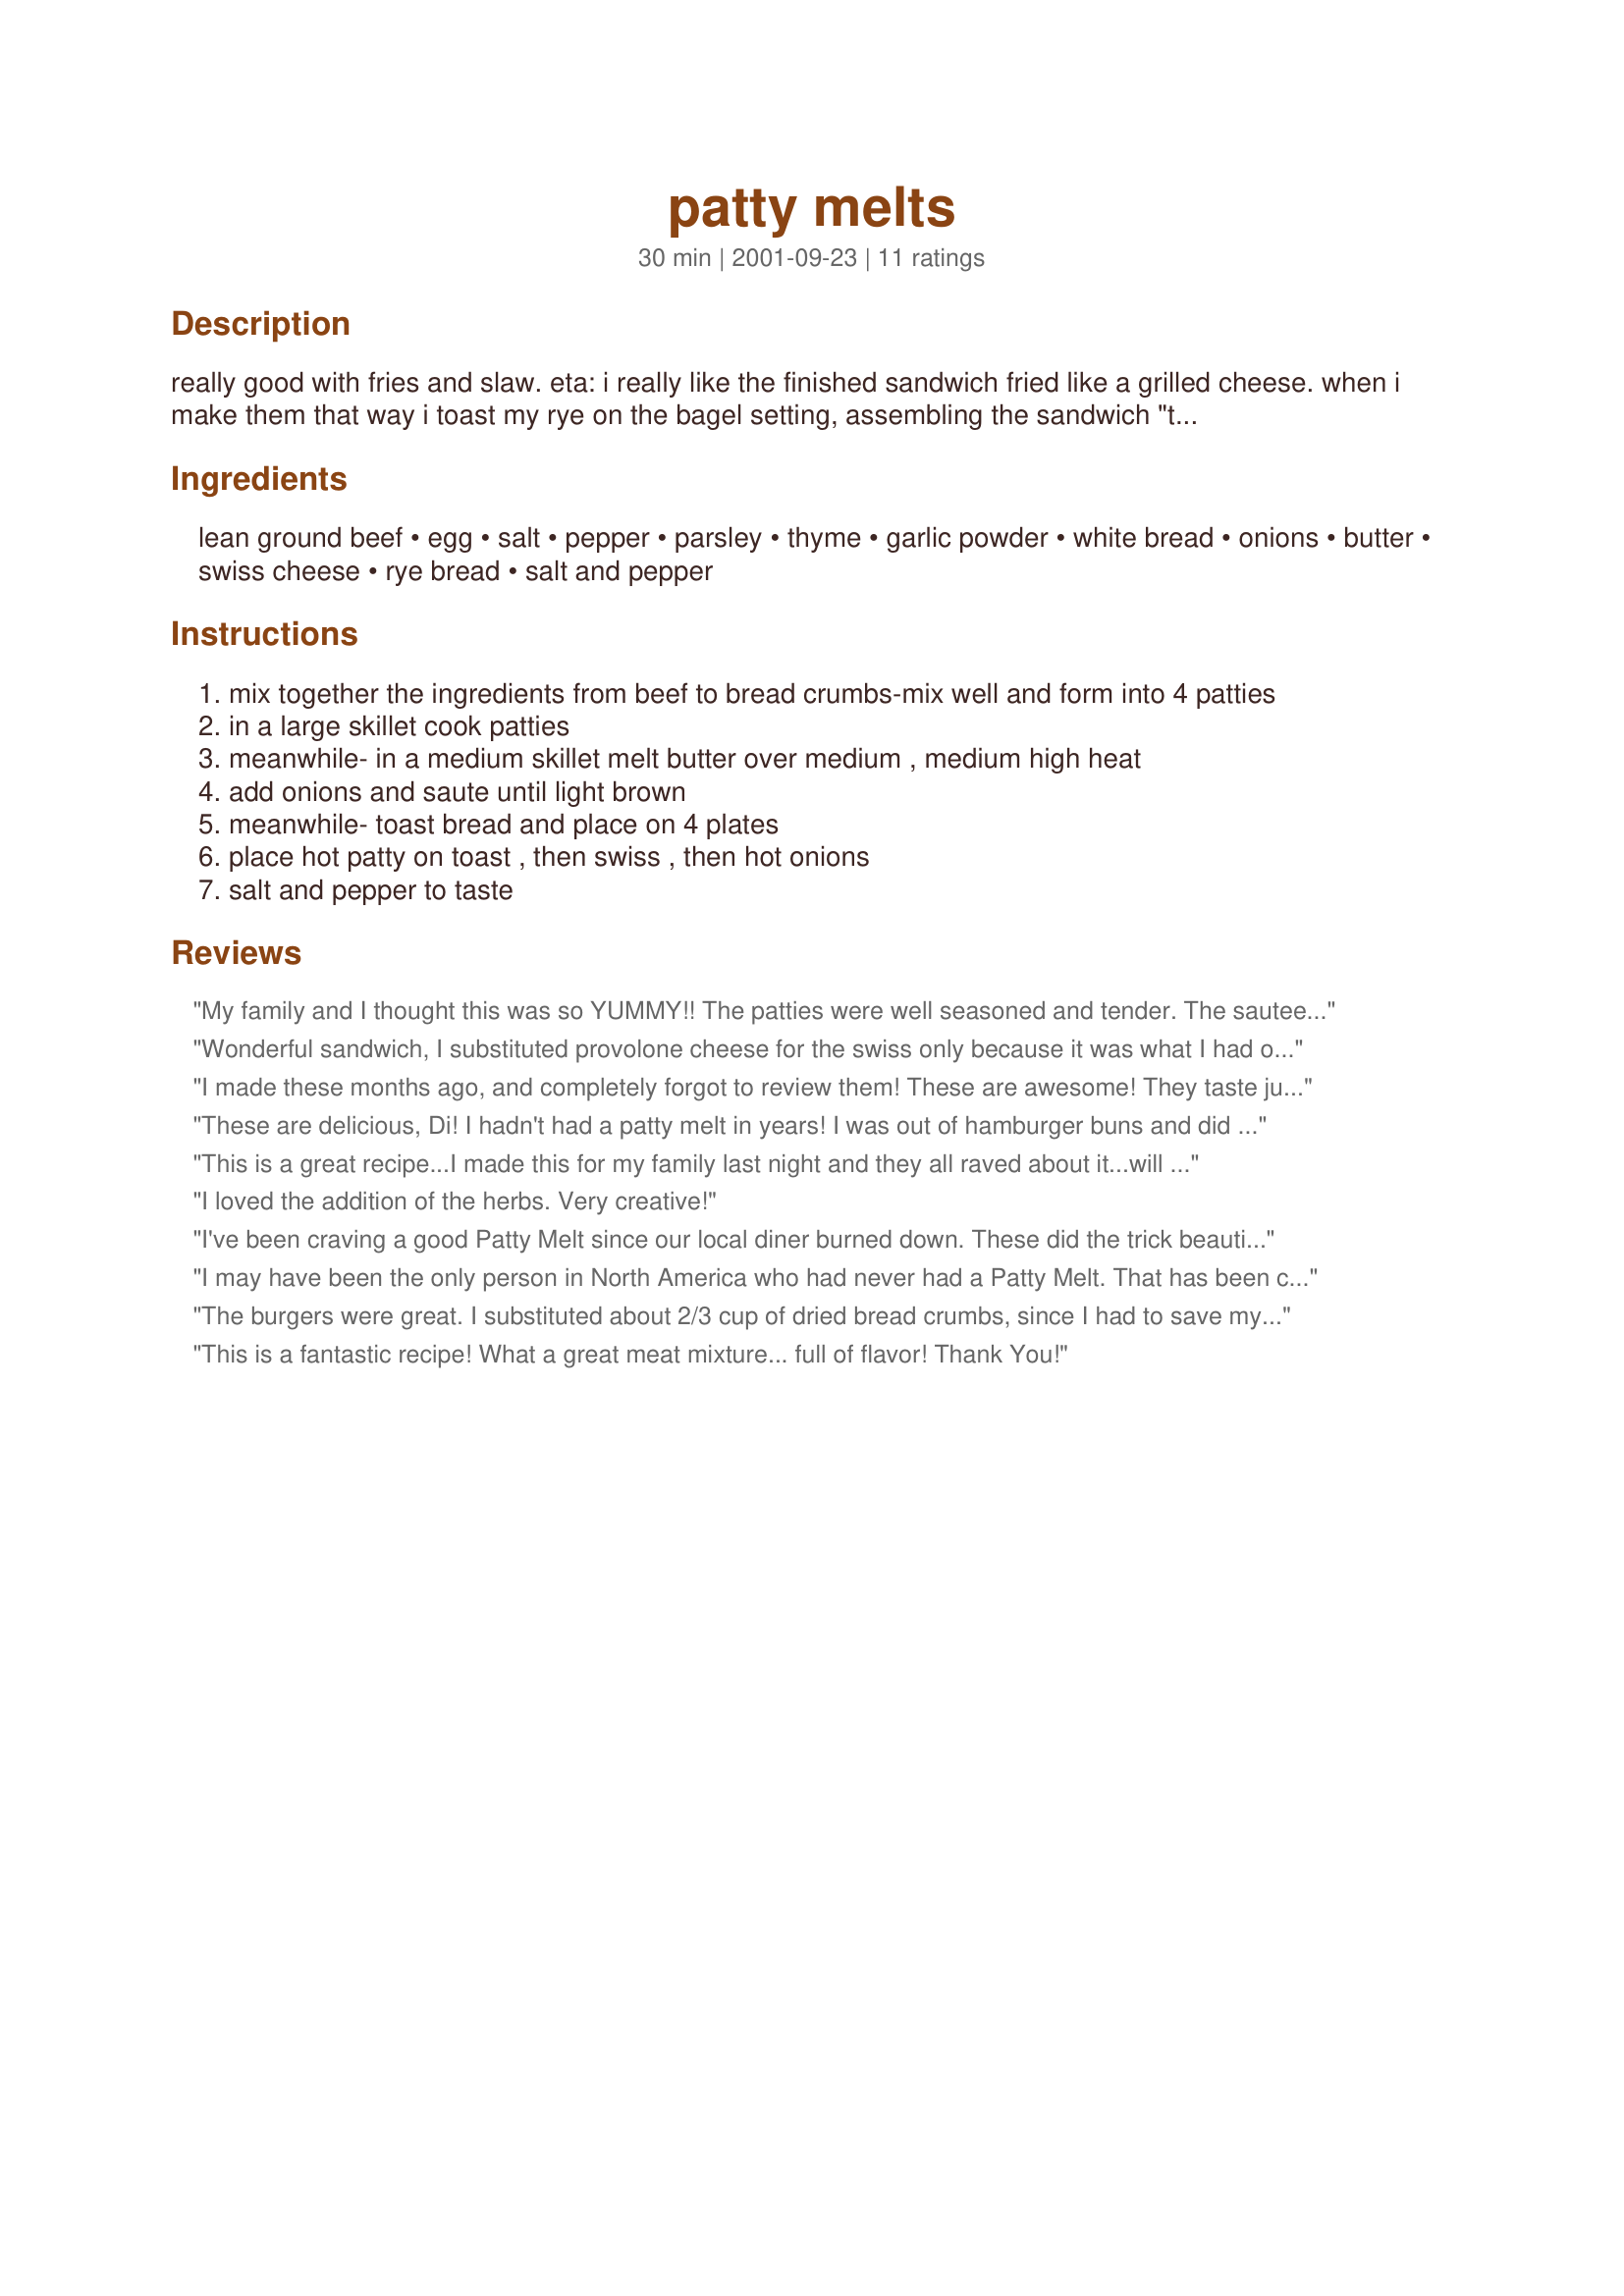
patty melts
Preparation time: 30 minutes

really good with fries and slaw.

eta: i really like the finished sandwich fried like a grilled cheese. when i make them that way i toast my rye on the bagel setting, assembling the sandwich "toasted side in". i also add thousand island dressing on top of the onions. then butter the bread and fry "like a grilled cheese sandwich". nirvana!

Ingredients:
lean ground beef, egg, salt, pepper, parsley, thyme, garlic powder, white bread, onions, butter, swiss cheese, rye bread, salt and pepper

Steps:
mix together the ingredients from beef to bread crumbs-mix well and form into 4 patties
in a large skillet cook patties
meanwhile- in a medium skillet melt butter over medium , medium high heat
add onions and saute until light brown
meanwhile- toast bread and place on 4 plates
place hot patty on toast , then swiss , then hot onions
salt and pepper to taste

Reviews:
My family and I thought this was so YUMMY!! The patties were well seasoned and tender. The sauteed onions and Swiss cheese make this the total package. Thanks Diana for another one of your superb recipes.
Wonderful sandwich, I substituted provolone cheese for the swiss only because it was what I had on hand. Delicious!
I made these months ago, and completely forgot to review them! These are awesome! They taste just like one that you would order at a restaurant. My DH went crazy over them! Thanks for a great recipe!
These are delicious, Di! I hadn't had a patty melt in years! I was out of hamburger buns and did a recipe search and decided to make these. A very nice change from plain old burgers...we really enjoyed these! Thanks!
This is a great recipe...I made this for my family last night and they all raved about it...will make often...
I loved the addition of the herbs.

Very creative!
I've been craving a good Patty Melt since our local diner burned down. These did the trick beautifully. Great recipe...will certainly be making them again!
I may have been the only person in North America who had never had a Patty Melt. That has been corrected and this recipe will be a regular here! DH's comment was "This is my kind of meal" <br/>I made it pretty much as directed but didn't have swiss cheese so I used a mixture of provolone and cheddar. I also had to add a touch more pepper but other than that the flavours were spot on. Thanks for sharing this simple, tasty and definitely man pleasing recipe!
The burgers were great. I substituted about 2/3 cup of dried bread crumbs, since I had to save my 4 slices of bread to put the burgers on! Loved the herbs, a nice change.
This is a fantastic recipe! What a great meat mixture... full of flavor! Thank You!
This was a very good recipe. I used just regular toasted white bread and it was still delicious. I also added some bacon to it. Thanks for the recipe!!
